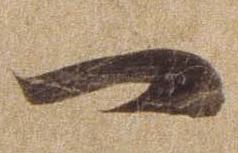
一